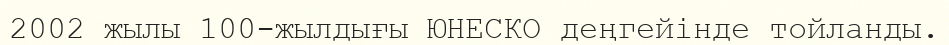
2002 жылы 100-жылдығы ЮНЕСКО деңгейінде тойланды.